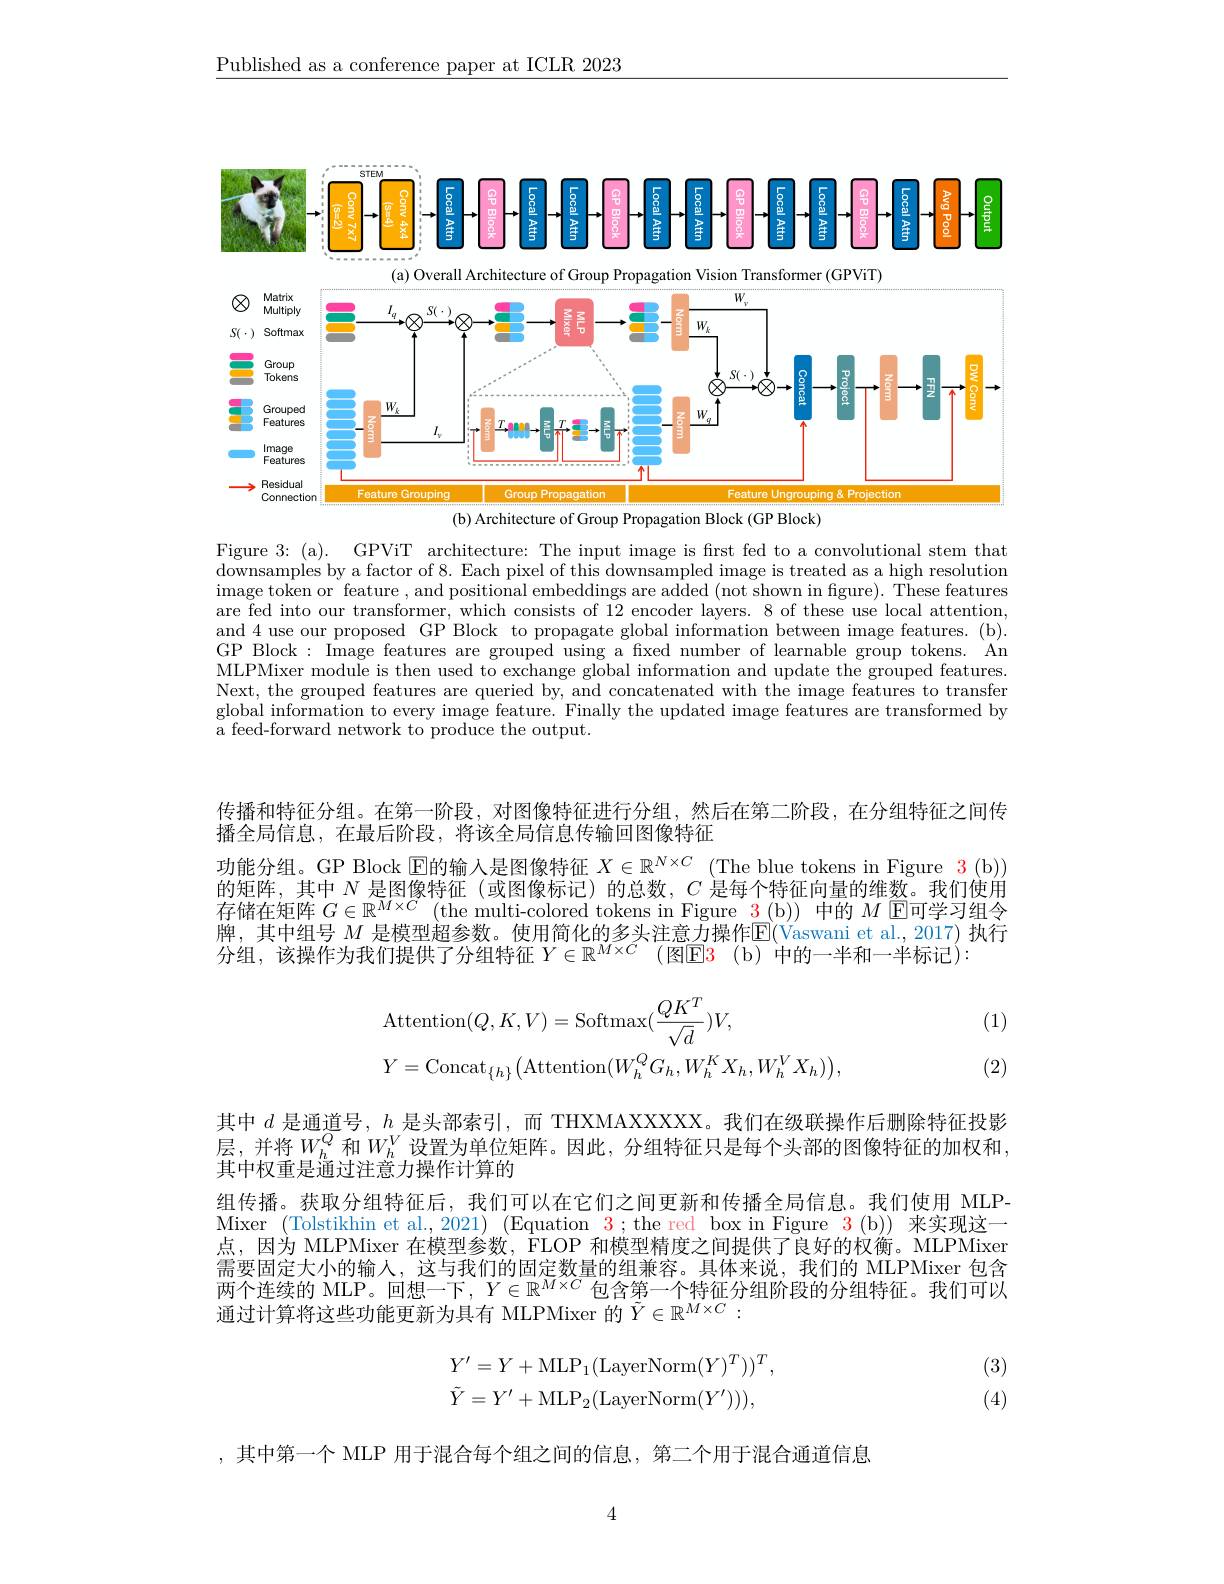
$\underline{\text{Published as a conference paper at ICLR 2023}}$

### STEM $g=\frac{1}{2}-g=\frac{1}{2}-\frac{1}{2}-\frac{1}{2}-\frac{1}{2}-\frac{1}{2}-\frac{1}{2}-\frac{1}{2}-\frac{1}{2}-\frac{1}{2}-\frac{1}{2}-\frac{1}{2}-\frac{1}{2}-\frac{1}{2}+\frac{1}{2}-\frac{1}{2}-\frac{1}{2}-\frac{1}{2}-\frac{1}{2}-\frac{1}{2}-\frac{1}{2}-\frac{1}{2}-\frac{1}{2}-\frac{1}{2}-\frac{1}{2}-\frac{1}{2}$

(a) Overall Architecture of Group Propagation Vision Transformer (GPViT)
<FigureHere>
(b) Architecture of Group Propagation Block (GP Block)

Figure 3: (a). GPViT architecture: The input image is first fed to a convolutional stem that $\begin{array}{c}\text{downsamples by a factor of 8. Each pixel of this downsampled image is treated as a high resolution}\end{array}$ $\hat{\text{image token or feature }},\hat{\text{and positional embeddings are added (not shown in figure). These features}}$ are fed into our transformer, which consists of 12 encoder layers. 8 of these use local attention, and 4 use our proposed GP'Block to propagate global information between image features.(b). GP Block : Image features are grouped using a fxed number of learnable group tokens. An MLPMixer module is then used to exchange global information and update the grouped features. Next, the grouped features are queried by, and concatenated with the image features to transfer global information to every image feature. Finally the updated image features are transformed by a feed-forward network to produce the output.

传播和特征分组。在第一阶段，对图像特征进行分组，然后在第二阶段，在分组特征之间传
播全局信息，在最后阶段，将该全局信息传输回图像特征
功能分组。GP Block $\operatorname{E}$的输入是图像特征 $X\in \mathbb{R} ^{N\times C}$ $( \operatorname { The blue tokens in Figure 3 ( b) ) }$ 的矩阵，其中$N$是图像特征(或图像标记)的总数，$C$是每个特征向量的维数。我们使用存储在矩阵$G\in\mathbb{R}^M\times C$ (the multi-colored tokens in Figure $\color{red}{3}(\mathrm{b}))$中的$M$ E可学习组令牌，其中组号 $M$ 是模型超参数。使用简化的多头注意力操作$\mathbb{E}($Vaswani et al.,2017)执行分组，该操作为我们提供了分组特征 $Y\in \mathbb{R} ^M\times C$ (图$\mathsf{E} \color{red} {3}\mathrm{( b) }$ 中的一半和一半标记):

(1)
$$\begin{aligned}&\mathrm{Attention}(Q,K,V)=\mathrm{Softmax}(\frac{QK^{T}}{\sqrt{d}})V,\\&Y=\mathrm{Concat}_{\{h\}}\big(\mathrm{Attention}(W_{h}^{Q}G_{h},W_{h}^{K}X_{h},W_{h}^{V}X_{h})\big),\end{aligned}$$
(2)

其中$d$是通道号，$h$是头部索引，而 THXMAXXXXX。我们在级联操作后删除特征投影层，并将$W_h^Q$ 和$W_h^V$ 设置为单位矩阵。因此，分组特征只是每个头部的图像特征的加权和， 其中权重是通过注意力操作计算的
组传播。获取分组特征后，我们可以在它们之间更新和传播全局信息。我们使用 MLPMixer (Tolstikhin et al.,2021) (Equation $\color{red}3;$the red box in Figure $\color{red}3(\mathrm{b}))$来实现这一点，因为 MLPMixer 在模型参数，$\bar{\mathrm{FLOP}\text{ 和模型精度之间提供了良好的权衡。MLPMixer}}$ 需要固定大小的输入，这与我们的固定数量的组兼容。具体来说，我们的 MLPMixer 包含两个连续的 MLP。回想一下，$Y\in\mathbb{R}^{M\times C}$包含第一个特征分组阶段的分组特征。我们可以通过计算将这些功能更新为具有 MLPMixer 的$\tilde{Y}\in\mathbb{R}^{M\times C}:$
$$Y'=Y+\mathrm{MLP}_{1}(\mathrm{LayerNorm}(Y)^{T}))^{T},\\\tilde{Y}=Y'+\mathrm{MLP}_{2}(\mathrm{LayerNorm}(Y'))),$$
(3) (4)

,其中第一个 MLP 用于混合每个组之间的信息，第二个用于混合通道信息

4